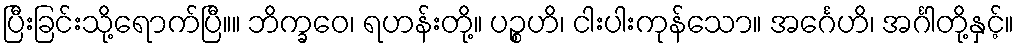
ပြီးခြင်းသို့ရောက်ပြီ။။ ဘိက္ခဝေ၊ ရဟန်းတို့။ ပဉ္စဟိ၊ ငါးပါးကုန်သော။ အင်္ဂေဟိ၊ အင်္ဂါတို့နှင့်။